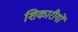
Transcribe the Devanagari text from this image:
शिकारीयों